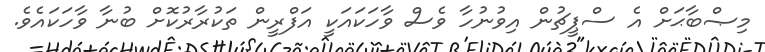
މިޞްބާޙަށް އެ ސްޕީޗުން އިވުނުހާ ވެސް ވާހަކައަކީ އަފްރީން ތަކުރާރުކޮށް ބުނާ ވާހަކައެވެ.